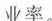
业率。